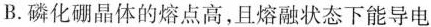
B.磷化硼晶体的熔点高，且熔融状态下能导电